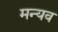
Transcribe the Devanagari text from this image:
मन्यव